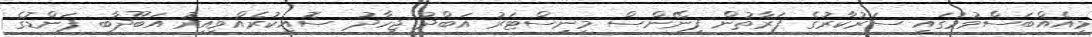
މިއެއްބަސްވުމުގައި ސަރުކާރުގެ ފަރާތުން ފިނޭންސް މިނިސްޓަރު އަބްދު ޖިހާދު ސޮއިކުރެއްވިއިރު އަބޫދާބީ ފަންޑުގެ